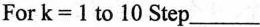
For $$k=1$$ to 10 Step___